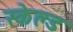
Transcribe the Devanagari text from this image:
स्केल्ड